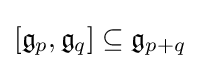
\displaystyle {[{\mathfrak {g}}_{p},{\mathfrak {g}}_{q}]\subseteq {\mathfrak {g}}_{p+q}}